Voru_kinnistusamet, lk 11
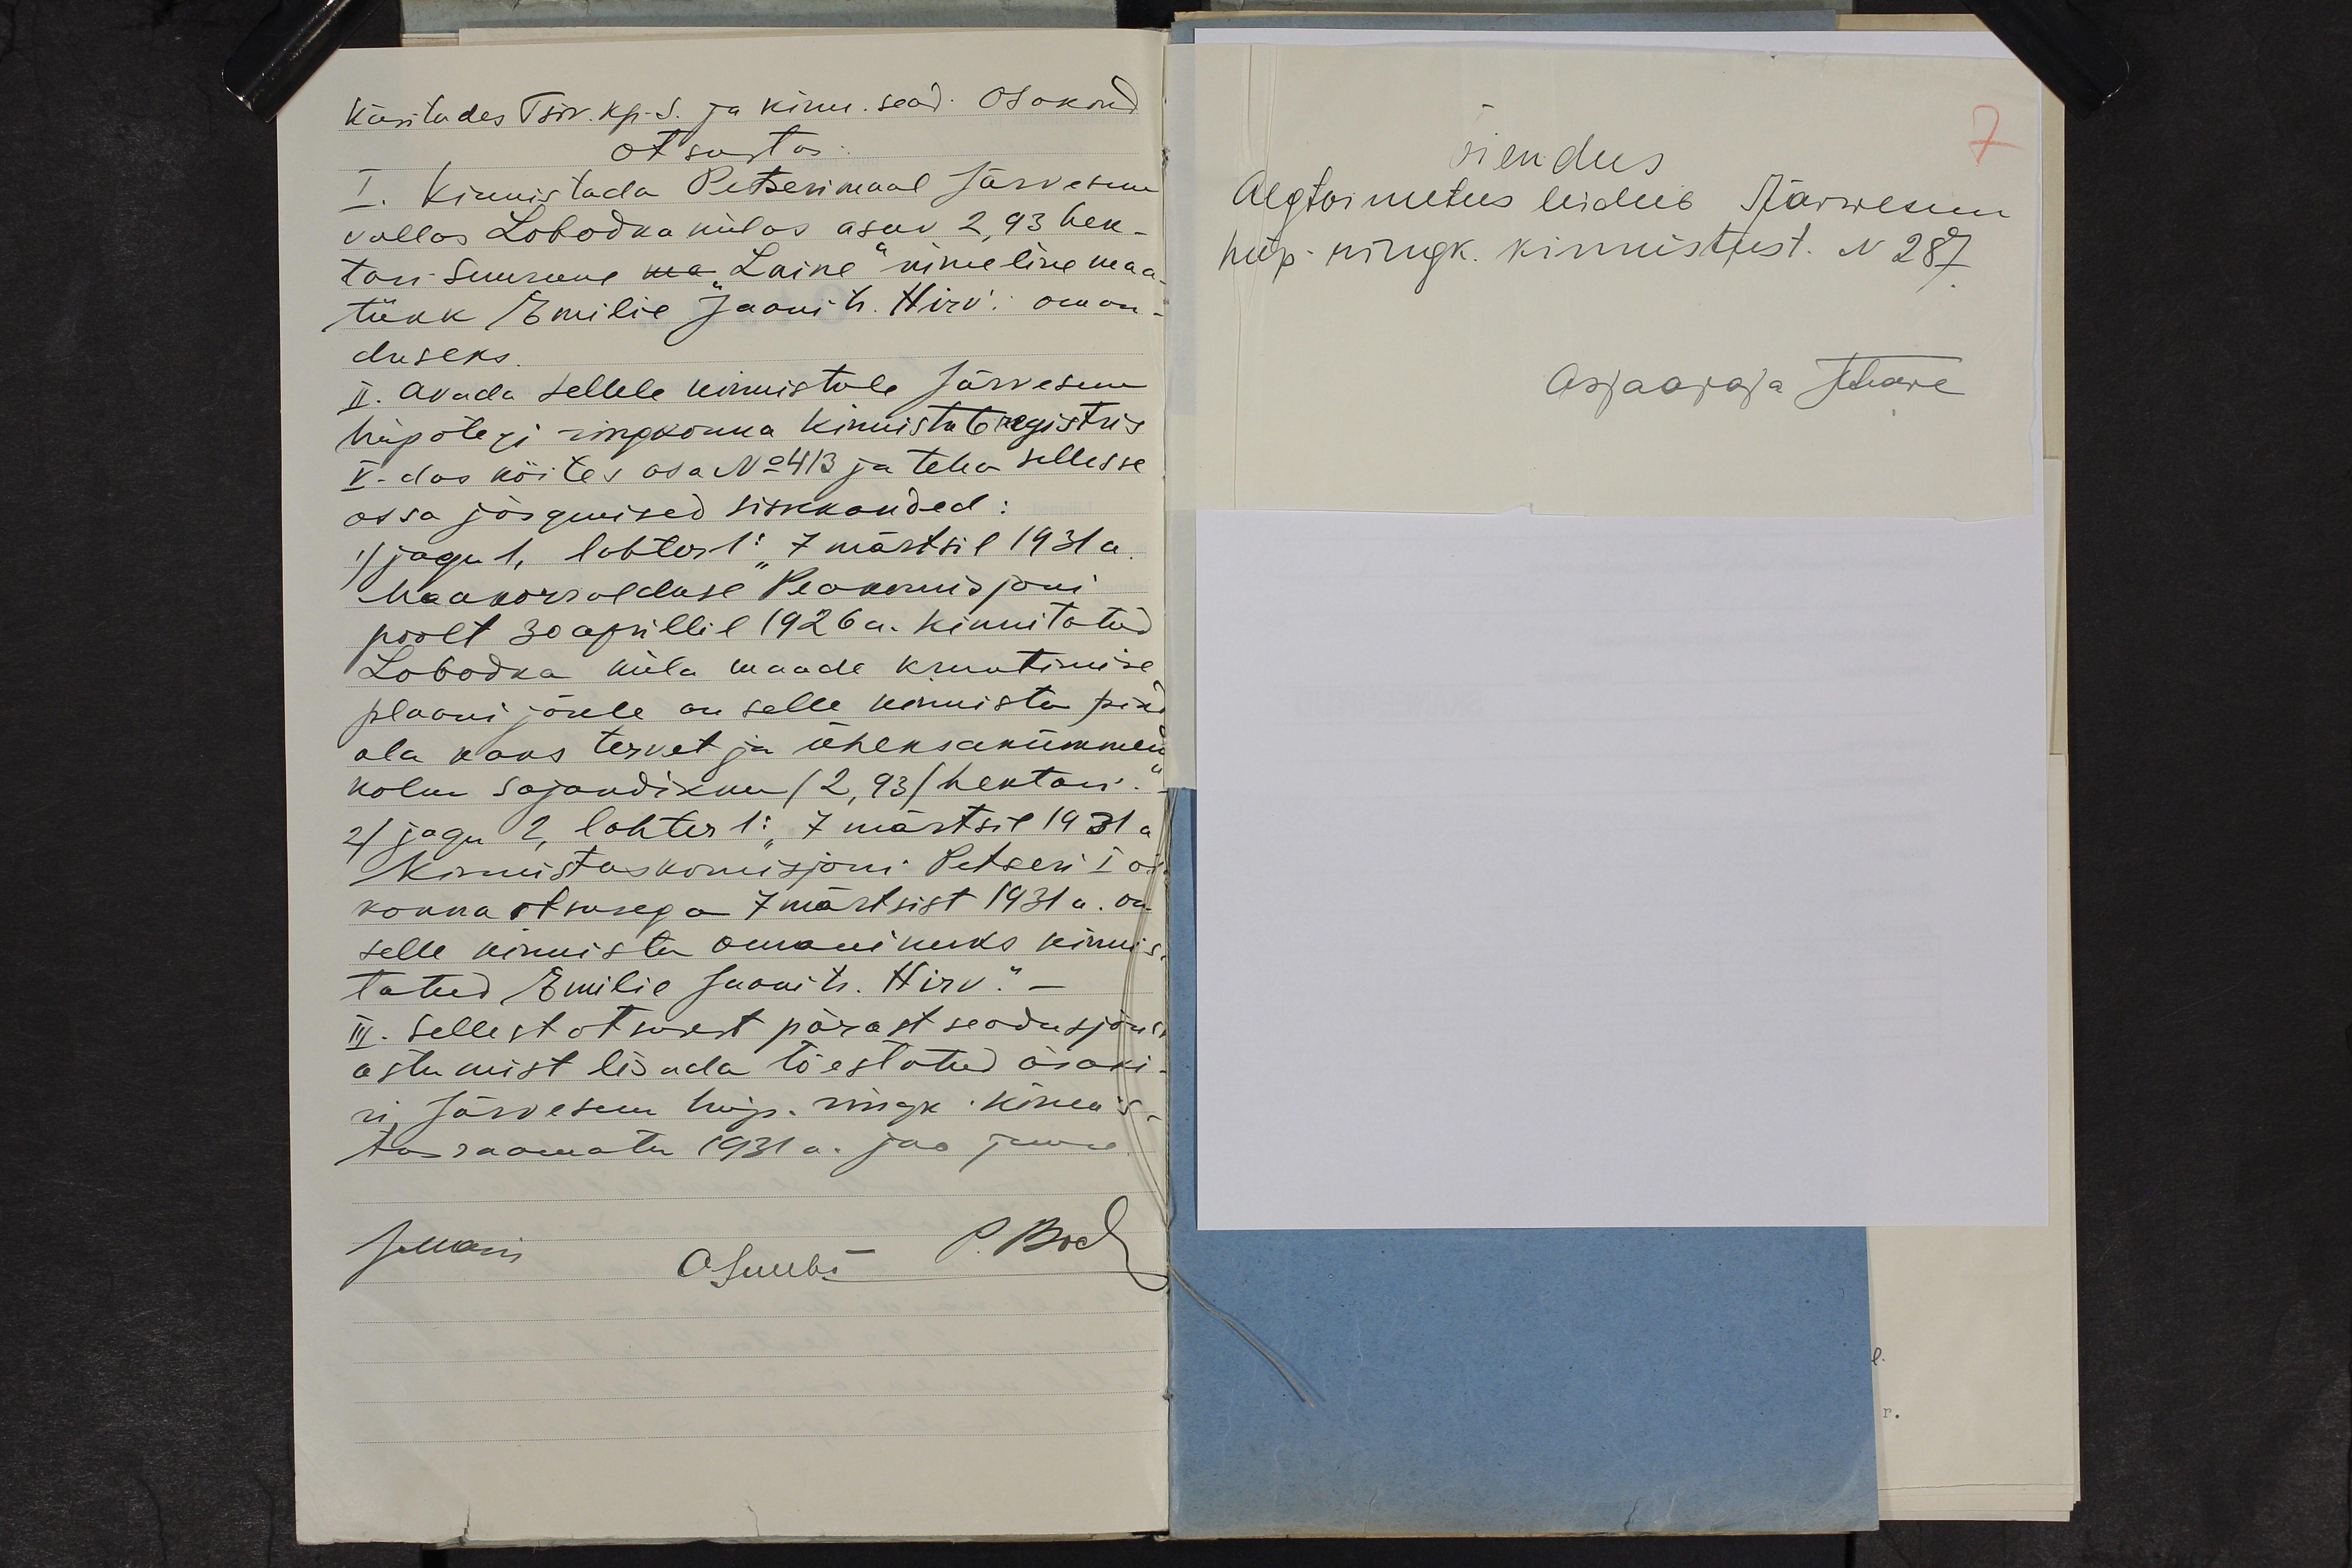
käsitades Tsiv. kp-s. ja kinn. sead. osakond
otsustas:
I. Kinnistada Petserimaal Järvesuu
vallas Lobodka külas asuv 2,93 hek-
tari suurune ma "Laine" nimeline maa-
tükk Emilie Jaani tr. Hirv´i oman-
duseks.
II. Avada sellele kinnistule Järvesuu
hüpotegi ringkonna kinnistute registris
V-das köites osa No 413 ja teha sellesse
ossa järgmised sissekanded:
1) jagu 1, lahter 1: "7 märtsil 1931 a.
Maakorralduse Peakomisjoni
poolt 30 aprillil 1926 a. kinnitatud
Lobodka küla maade kruntimise
plaani järele on selle kinnistu pind
ala kaks tervet ja üheksakümmend
kolm sajandikku (2,93) hektari."
2) jagu 2, lahter 1: "7 märtsil 1931 a
Kinnistuskomisjoni Petseri I osa
konna otsusega 7 märtsist 1931 a. on
selle kinnistu omanikuks kinnis-
tatud Emilie Jaani tr. Hirv." -
III. Sellest otsusest pärast seadusjõuss
astumist lisada tõestatud äraki-
ri Järvesuu hüp. ringk. kinnis-
tusraamatu 1931 a. jao juure.
JMaise
P. Bock
ASuubi

Õiendus.
7
Algtoimetus leidub Järwesuu
hüp-ringk. kinnistust. N 287.
Asjaajaja